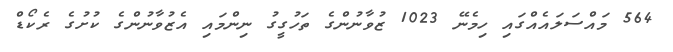
564 މައްސަލައެއްގައި ހިމެނޭ 1023 ޒުވާނުންގެ ތަހުގީގު ނިންމައި އެޒުވާނުންގެ ކުށުގެ ރެކޯޑް